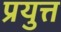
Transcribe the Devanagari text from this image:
प्रयुत्त